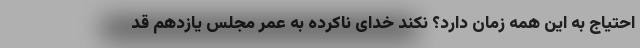
احتیاج به این همه زمان دارد؟ نکند خدای ناکرده به عمر مجلس یازدهم قد